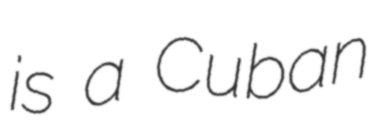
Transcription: is a Cuban